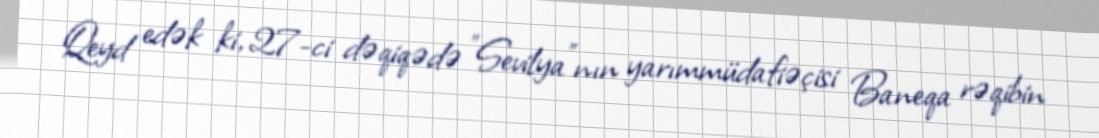
Qeyd edək ki, 27-ci dəqiqədə "Sevilya"nın yarımmüdafiəçisi Baneqa rəqibin